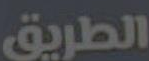
الطريق